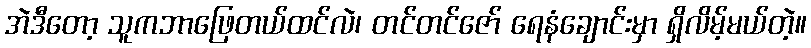
အဲဒီတော့ သူကဘာဖြေတယ်ထင်လဲ၊ တင်တင်ဇော် ရေနံချောင်းမှာ ရှိလိမ့်မယ်တဲ့။